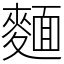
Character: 麵